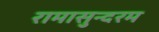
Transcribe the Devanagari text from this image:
रामासुन्दरम